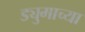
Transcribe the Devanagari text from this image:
ड्युमाच्या